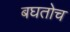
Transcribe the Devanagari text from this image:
बघतोच